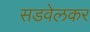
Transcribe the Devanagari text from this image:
सडवेलकर